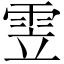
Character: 雴